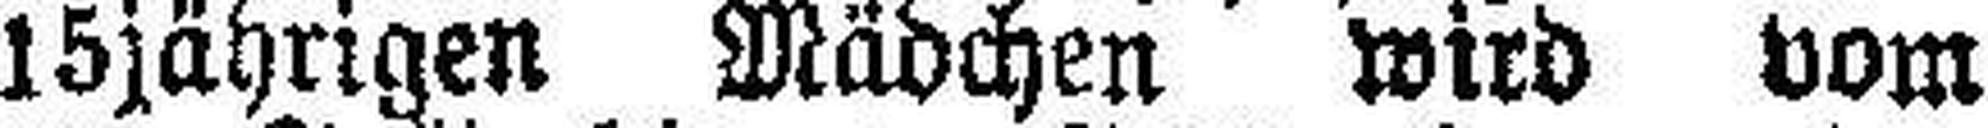
15jährigen Mädchen wird vom